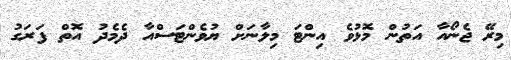
މިރޭ ޖެނޯއާ އަތުން މޮޅުވެ އިންޓަ މިލާނަށް ޔުވެންޓަސްއާ ދެމެދު އޮތް ފަރަގު